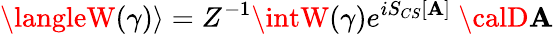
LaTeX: \langleW(\gamma)\rangle=Z^{-1}\intW(\gamma)e^{iS_{CS}[\mathbf{A}]}\ {\calD}\mathbf{A}